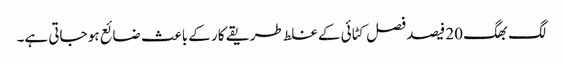
لگ بھگ 20 فیصد فصل کٹائی کے غلط طریقے کار کے باعث ضائع ہو جاتی ہے۔